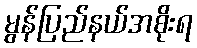
မွန်ပြည်နယ်အစိုးရ